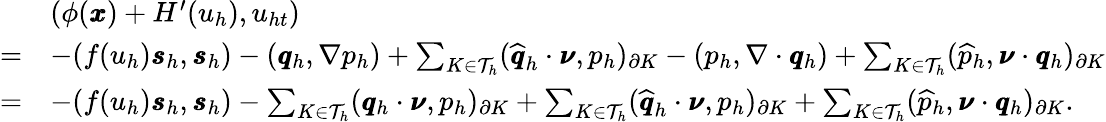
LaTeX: \begin{array}{rl}&{(\phi(\pmb{x})+H^{\prime}(u_{h}),u_{ht})}\\ {=}&{-(f(u_{h})\pmb{s}_{h},\pmb{s}_{h})-(\pmb{q}_{h},\nabla p_{h})+\sum_{K\in\mathcal{T}_{h}}(\widehat{\pmb{q}}_{h}\cdot\pmb{\nu},p_{h})_{\partial K}-(p_{h},\nabla\cdot\pmb{q}_{h})+\sum_{K\in\mathcal{T}_{h}}(\widehat{p}_{h},\pmb{\nu}\cdot\pmb{q}_{h})_{\partial K}}\\ {=}&{-(f(u_{h})\pmb{s}_{h},\pmb{s}_{h})-\sum_{K\in\mathcal{T}_{h}}(\pmb{q}_{h}\cdot\pmb{\nu},p_{h})_{\partial K}+\sum_{K\in\mathcal{T}_{h}}(\widehat{\pmb{q}}_{h}\cdot\pmb{\nu},p_{h})_{\partial K}+\sum_{K\in\mathcal{T}_{h}}(\widehat{p}_{h},\pmb{\nu}\cdot\pmb{q}_{h})_{\partial K}.}\end{array}